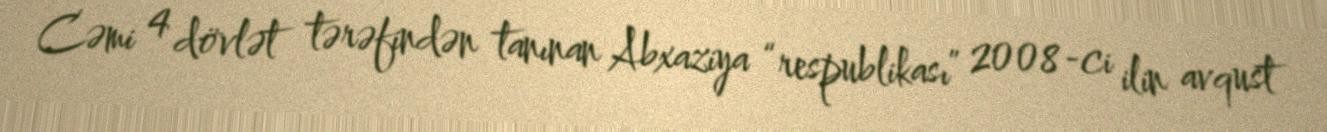
Cəmi 4 dövlət tərəfindən tanınan Abxaziya “respublikası” 2008-ci ilin avqust